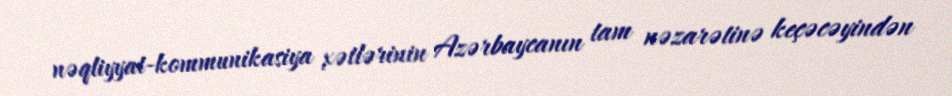
nəqliyyat-kommunikasiya xətlərinin Azərbaycanın tam nəzarətinə keçəcəyindən